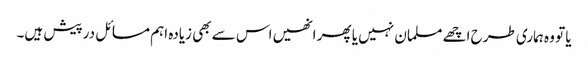
یا تو وہ ہماری طرح اچھے مسلمان نہیں یا پھر انھیں اس سے بھی زیادہ اہم مسائل درپیش ہیں۔